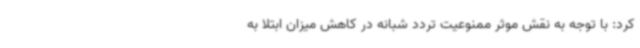
کرد: با توجه به نقش موثر ممنوعیت تردد شبانه در کاهش میزان ابتلا به